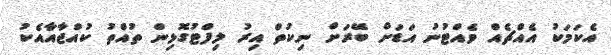
އެކަމަކު އެއްޗެއް ވެއްޓުނު އަޑަށް ބޭރަށް ނިކުތް އިރު ލިފްޓުގޮޅިން ތުއްތު ކުއްޖާއާއެކު